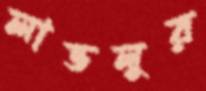
লাভলুর